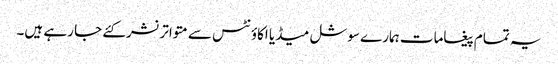
یہ تمام پیغامات ہمارے سوشل میڈیا اکاؤنٹس سے متواترنشرکئے جا رہے ہیں۔